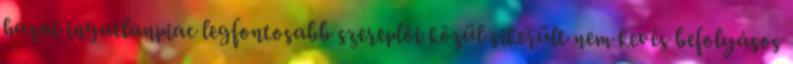
hazai ingatlanpiac legfontosabb szereplői közül sikerült nem kevés befolyásos